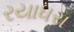
રયાધરા